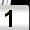
Digit: 1